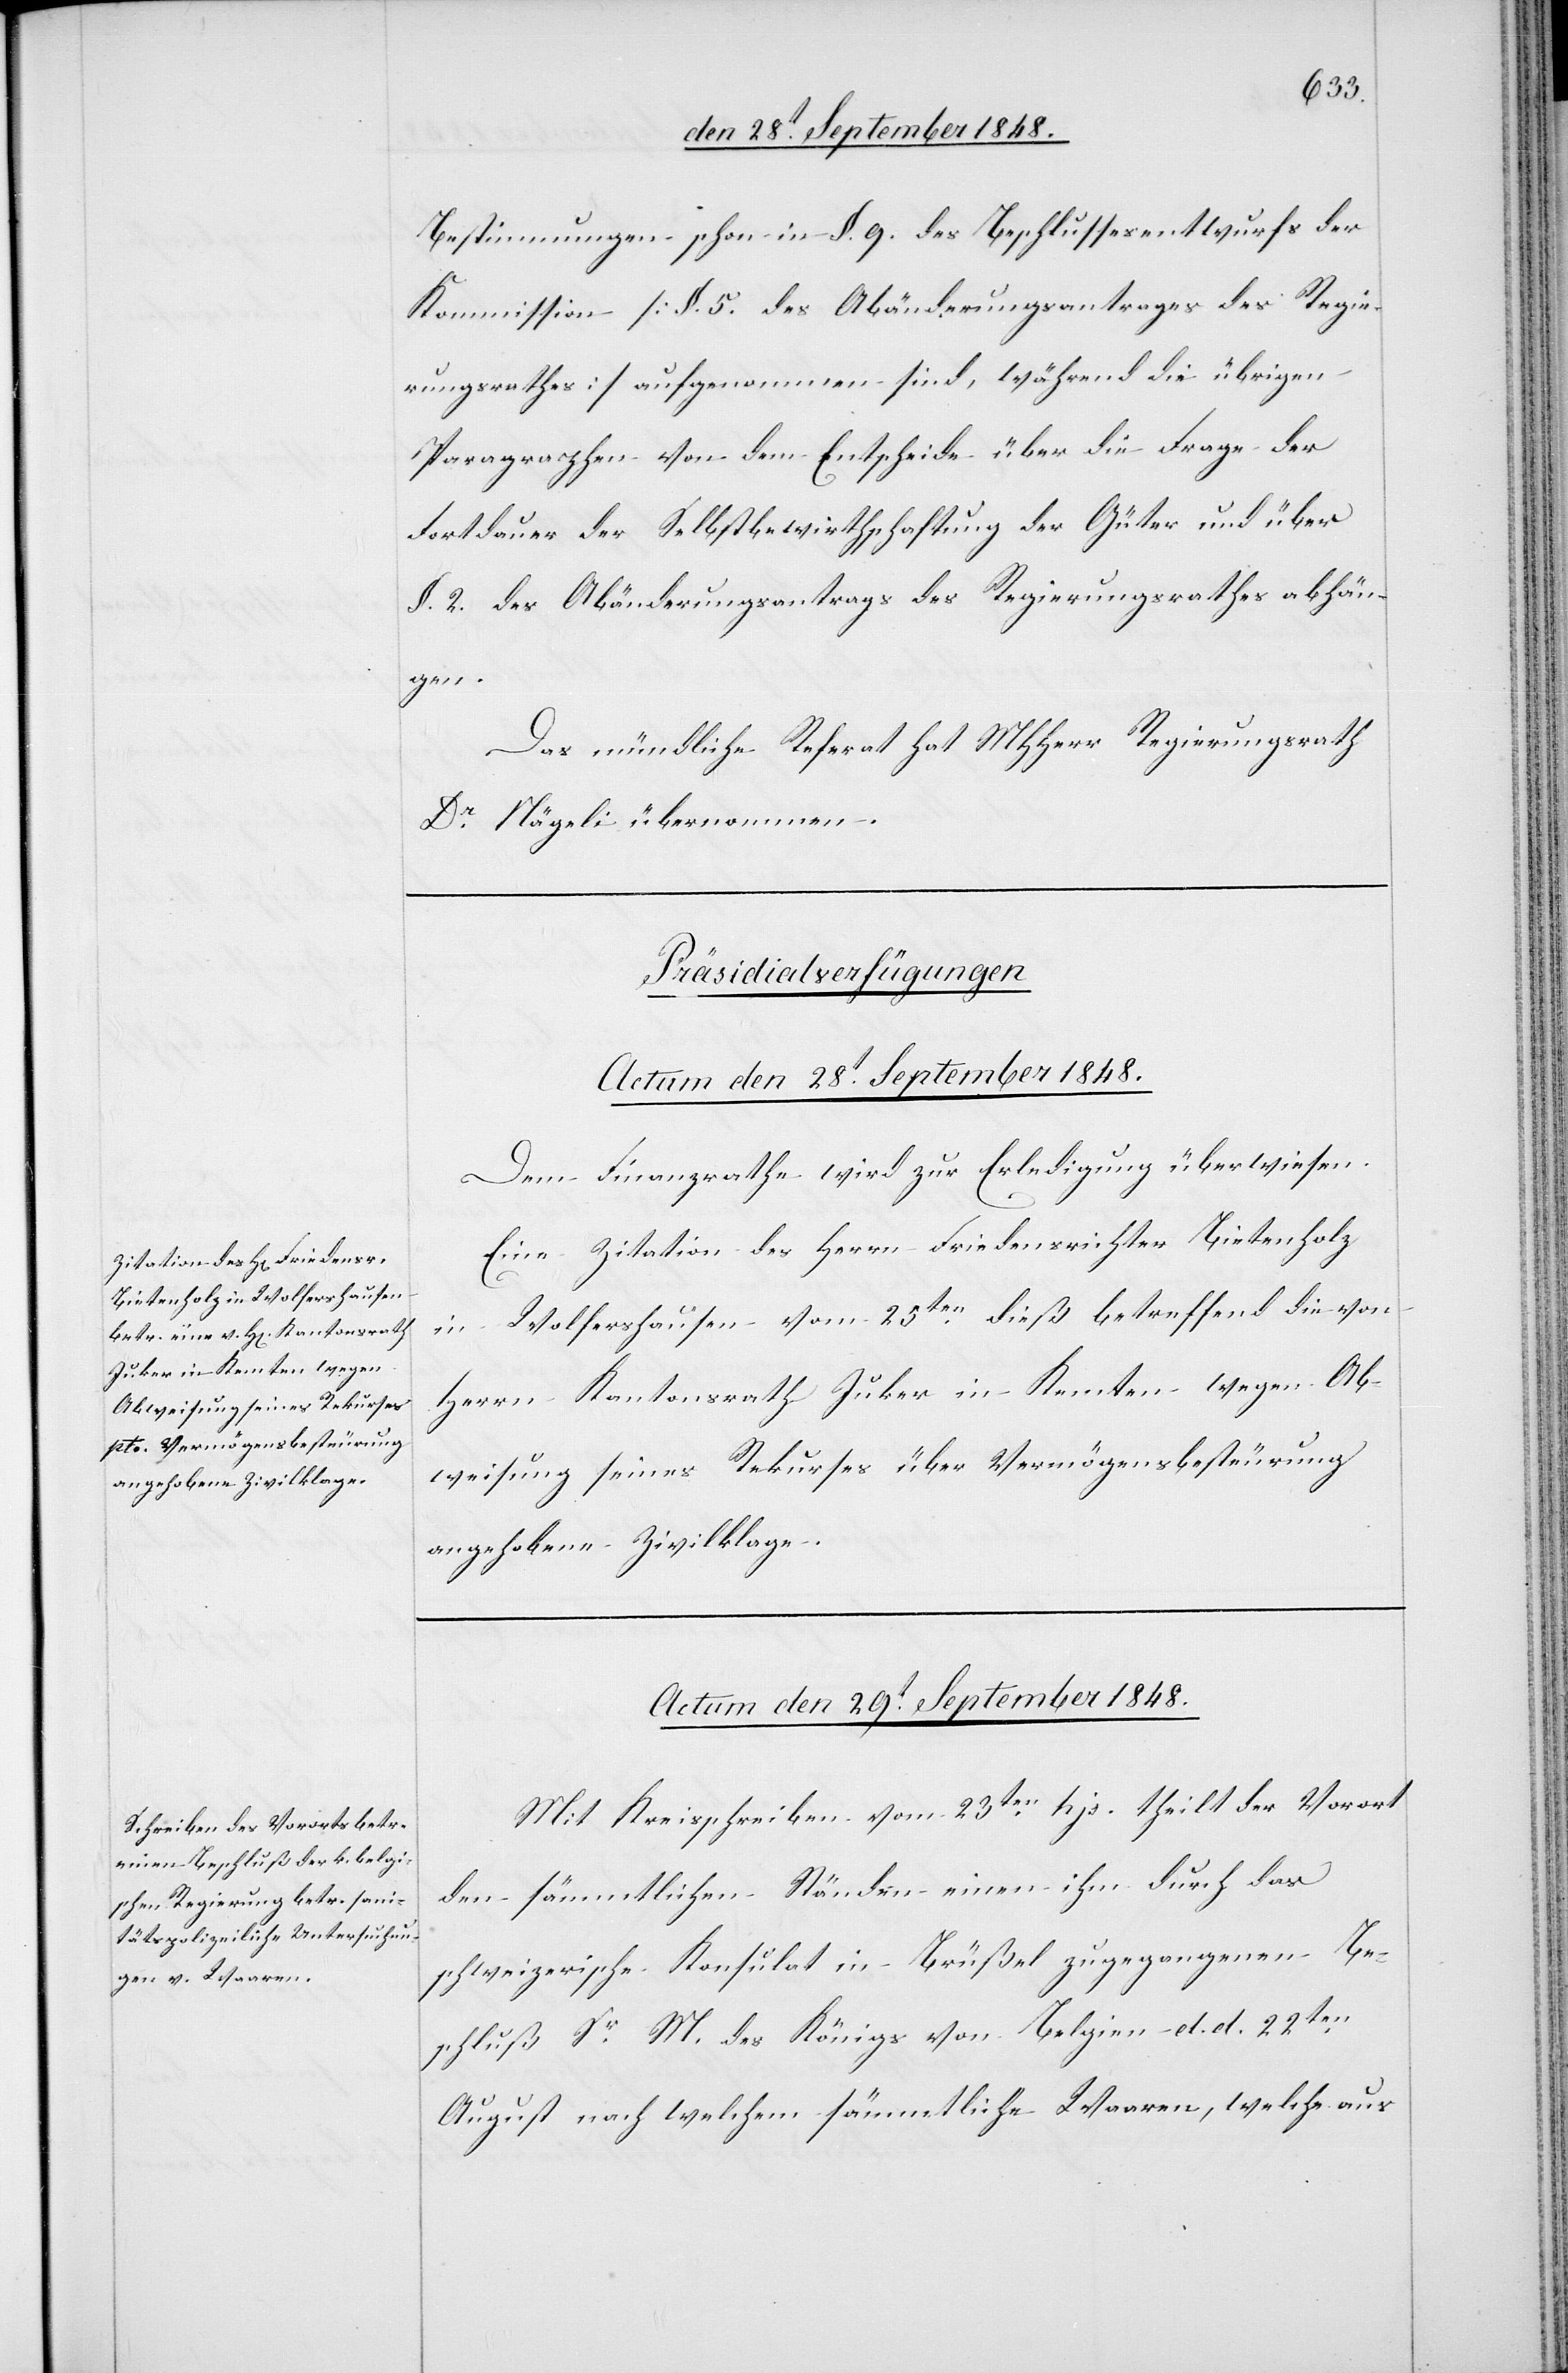
Bestimmungen schon in §. 9. des Beschlussesentwurfs der
Kommission [§. 5. des Abänderungsantrages des Regie¬
rungsrathes] aufgenommen sind, während die übrigen
Paragraphen von dem Entscheide über die Frage der
Fortdauer der Selbstbewirthschaftung der Güter und über
§. 2. des Abänderungsantrags des Regierungsrathes abhänd¬
igen.
Das mündliche Referat hat MHHerr Regierungsrath
Dr. Nägeli übernommen.
[Präsidialverfügungen.]
Actum den 28t September 1848.
Dem Finanzrathe wird zur Erledigung überwiesen:
Eine Zitation des Herrn Friedensrichter Bietenholz
in Wolfershausen vom 25ten dieß betreffend die von
Herrn Kantonsrath Juker in Kemten wegen Ab¬
weisung seines Rekurses über Vermögensbesteurung
angehobene Zivilklage.
Actum den 29t September 1848.
Mit Kreisschreiben vom 23ten hjs. theilt der Vorort
den sämmtlichen Ständen einen ihm durch das
schweizerische Konsulat in Brüßel zugegangenen Be¬
schluß Sr M. des Königs von Belgien d. d. 22ten
August nach welchem sämmtliche Waaren, welche aus